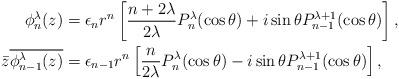
LaTeX: \begin{align*}\phi_{n}^{\lambda}(z)&=\epsilon_nr^{n}\left[\frac{n+2\lambda}{2\lambda}P_{n}^{\lambda}(\cos\theta)+i\sin\theta P_{n-1}^{\lambda+1}(\cos\theta)\right],\\\bar{z}\overline{\phi_{n-1}^{\lambda}(z)}&=\epsilon_{n-1}r^{n}\left[\frac{n}{2\lambda}P_{n}^{\lambda}(\cos\theta)- i\sin\theta P_{n-1}^{\lambda+1}(\cos\theta)\right],\end{align*}